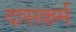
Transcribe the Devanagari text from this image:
दासकर्म